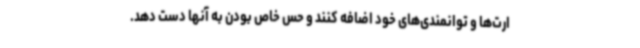
ارت‌ها و توانمندی‌های خود اضافه کنند و حس خاص بودن به آنها دست ‌دهد.